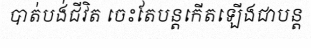
បាត់បង់ជីវិត ចេះតែបន្តកើតឡើងជាបន្ត